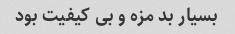
بسیار بد مزه و بی کیفیت بود